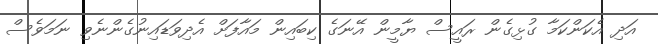
އަދި އެކަންކަމާ ގުޅިގެން ރައީސް ޔާމީން އޭނަގެ ކިބައިން މައާފަށް އެދިވަޑައިނުގެންނެވި ނަމަވެސް